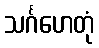
သင်္ဂဟေတုံ